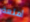
أمتعة